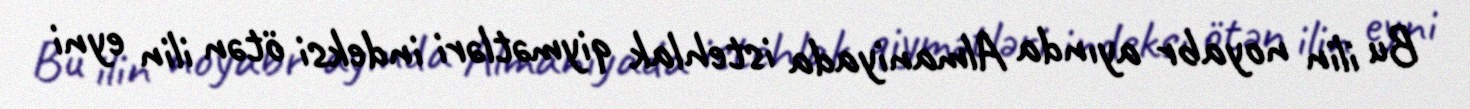
Bu ilin noyabr ayında Almaniyada istehlak qiymətləri indeksi ötən ilin eyni